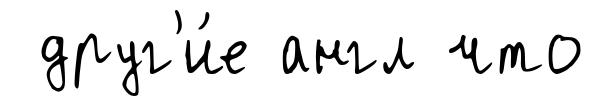
друг'и́е англ что